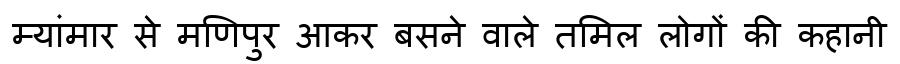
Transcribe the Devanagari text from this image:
म्यांमार से मणिपुर आकर बसने वाले तमिल लोगों की कहानी